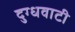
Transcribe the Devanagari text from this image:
दुग्धवाटी